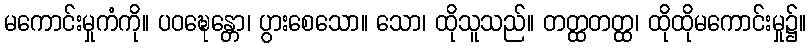
မကောင်းမှုကံကို။ ပဝဍ္ဎေန္တော၊ ပွားစေသော။ သော၊ ထိုသူသည်။ တတ္ထတတ္ထ၊ ထိုထိုမကောင်းမှု၌။